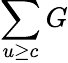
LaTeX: \sum\limits_{u\geq c}G